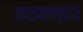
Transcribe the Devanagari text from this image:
वठवणार